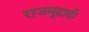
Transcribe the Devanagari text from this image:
राजमुद्राही